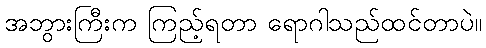
အဘွားကြီးက ကြည့်ရတာ ရောဂါသည်ထင်တာပဲ။